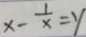
x - \frac { 1 } { x } = y